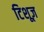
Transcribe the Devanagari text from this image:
टिशूज़